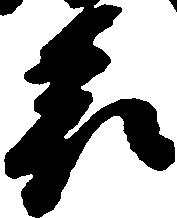
表